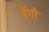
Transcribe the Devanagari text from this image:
बेंगो